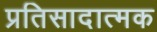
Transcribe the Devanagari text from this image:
प्रतिसादात्मक